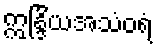
ဣန္ဒြိယအသံဝရံ